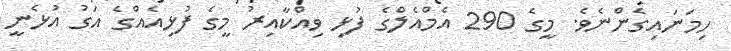
ހިމަނައިގެންނެވެ. މީގެ 290 އެމްއެލްގެ ފުޅި ވިއްކާއިރު މީގެ ފުޅިއެއްގެ އަގު އުޅެނީ